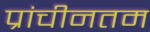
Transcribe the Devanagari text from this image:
प्रांचीनतम